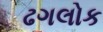
ઢગલોક